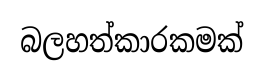
බලහත්කාරකමක්